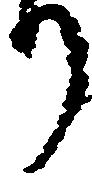
り